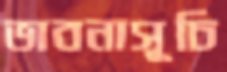
ভাবনাসূচি